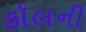
કૉલની